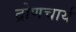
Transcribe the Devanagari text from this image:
द्रोणचार्य